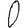
Digit: 0